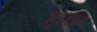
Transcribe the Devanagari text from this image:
गुरुबचन